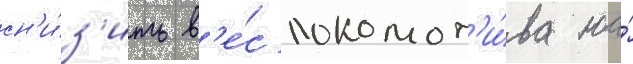
сн'и́з'ить в'е́с локомот'и́ва на́